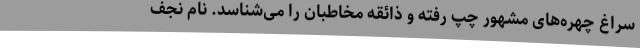
سراغ چهره‌های مشهور چپ رفته و ذائقه مخاطبان را می‌شناسد. نام نجف